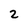
Character: 2